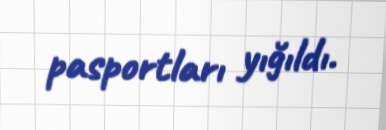
pasportları yığıldı.